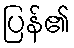
ပြန်၏